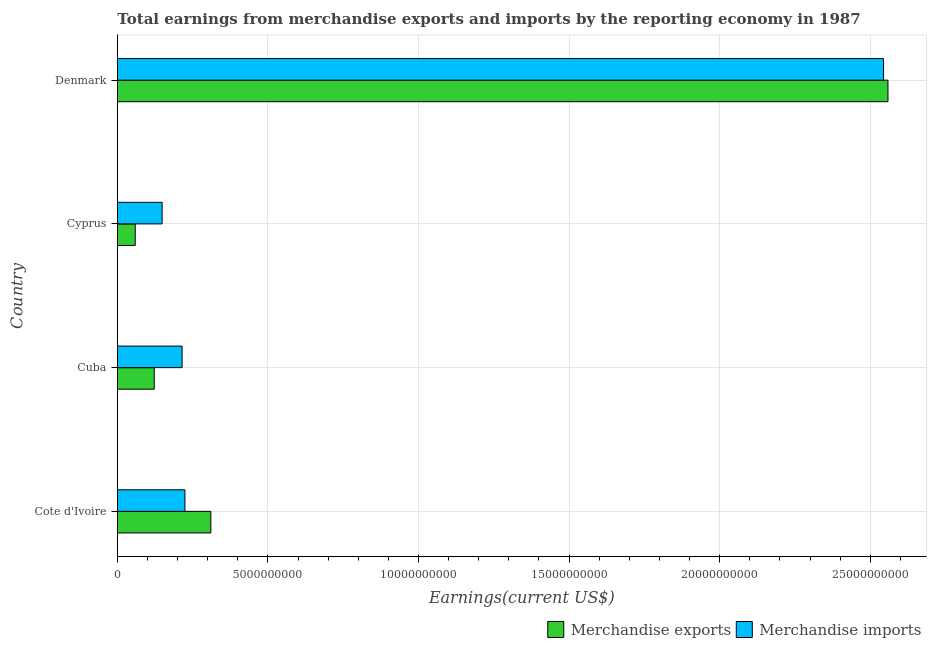
| Country | Merchandise exports | Merchandise imports |
 | --- | --- | --- |
 | Cote d'Ivoire | 3.1e+09 | 2.24e+09 |
 | Cuba | 1.22e+09 | 2.15e+09 |
 | Cyprus | 5.92e+08 | 1.49e+09 |
 | Denmark | 2.56e+10 | 2.54e+10 |